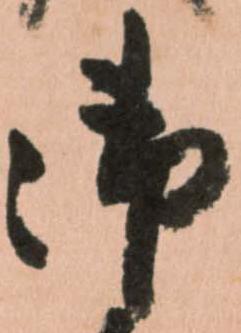
御